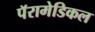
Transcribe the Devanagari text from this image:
पॅरामेडिकल